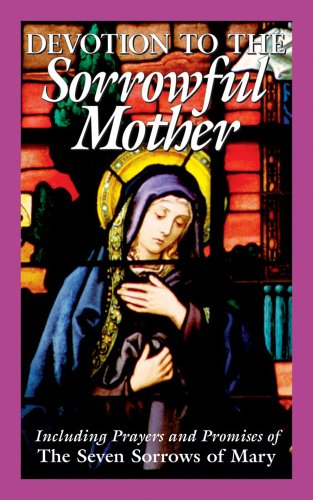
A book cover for Devotion to the Sorrowful Mother; Anonymous; Christian Books & Bibles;